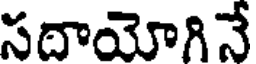
సదాయోగినే